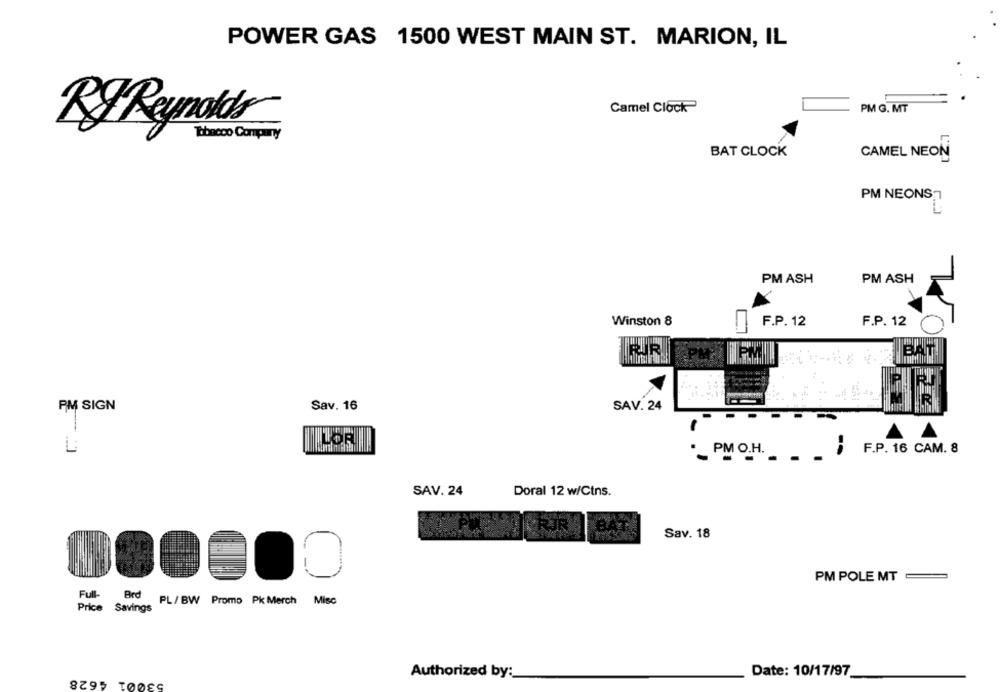
POWER GAS 1500 WEST MAIN ST. MARION, IL
Camel Clock
PM G. MT
RJ Reynolds
Tobacco Company
BAT CLOCK
CAMEL NEON
PM NEONS,7
PM ASH
PM ASH
Winston 8
F.P. 12
F.P. 12
&PM
PM
PM SIGN
Sav. 16
SAV. 24
F.P. 16 CAM. 8
PM O.H.
SAV. 24
Doral 12 w/Cins.
Sav. 18
PM POLE MT
Full-
Brd
PL / BW Promo Pk Merch Misc
Price Savings
53001 4628
Authorized by:
Date: 10/17/97